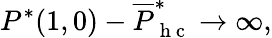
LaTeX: P^{*}(1,0)-\overline{{P}}_{\mathrm{~h~c~}}^{*}\rightarrow\infty,